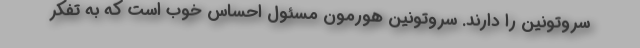
سروتونین را دارند. سروتونین هورمون مسئول احساس خوب است که به تفکر